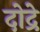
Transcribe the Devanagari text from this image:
दोद्रे